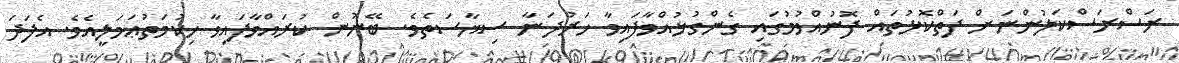
ރަސްރަސްކަލުންނަށް ފަތްކޮޅުތައް ފޮނުއްވުމުގައި ގެންގުޅުއްވާފައިވާ ހަރުދަނާ ސިޔާސަތެވެ. ބޭނުން ކުރައްވާފައިވާ ހިކުމަތުޢަމަލީއެވެ. އެފަދަ